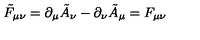
\tilde { F } _ { \mu \nu } = \partial _ { \mu } \tilde { A } _ { \nu } - \partial _ { \nu } \tilde { A } _ { \mu } = F _ { \mu \nu }